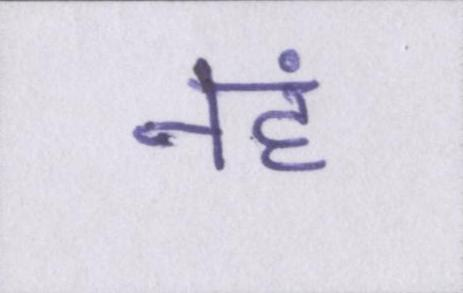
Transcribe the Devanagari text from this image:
नहं